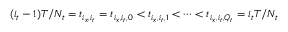
( i _ { t } - 1 ) T / N _ { t } = t _ { i _ { x } , i _ { t } } = t _ { i _ { x } , i _ { t } , 0 } < t _ { i _ { x } , i _ { t } , 1 } < \cdots < t _ { i _ { x } , i _ { t } , Q _ { t } } = i _ { t } T / N _ { t }